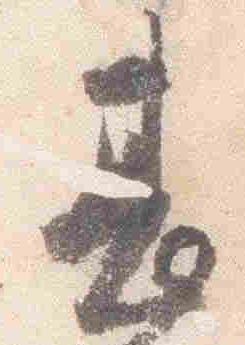
甚